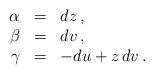
LaTeX: \begin{align*}\begin{array}{rcl}\alpha &=& dz\,,\\\beta & = & dv\,, \\\gamma & = & -du + z \, dv\,. \\ \end{array}\end{align*}